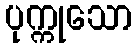
ပုက္ကုသော